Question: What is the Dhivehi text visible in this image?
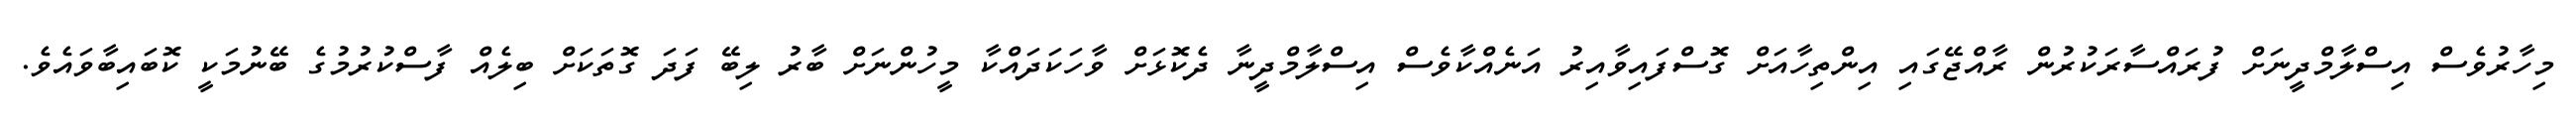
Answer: މިހާރުވެސް އިސްލާމްދީނަށް ފުރައްސާރަކުރުން ރާއްޖޭގައި އިންތިހާއަށް ގޮސްފައިވާއިރު އަނެއްކާވެސް އިސްލާމްދީނާ ދެކޮޅަށް ވާހަކަދައްކާ މީހުންނަށް ބާރު ލިބޭ ފަދަ ގޮތަކަށް ބިލެއް ފާސްކުރުމުގެ ބޭނުމަކީ ކޮބައިބާވައެވެ.